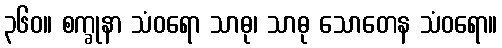
၃၆၀။ စက္ခုနာ သံဝရော သာဓု၊ သာဓု သောတေန သံဝရော။